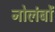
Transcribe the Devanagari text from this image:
नोलंबों